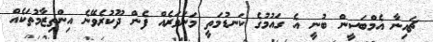
ޗައިނާ އެމްބަސީން ބުނީ އެ ގައުމުގެ ކަނޑުމަތީ މަނަވަރެއް ފެން ދޫކުރެވޭނެ އިންތިޒާމުތަކެއް